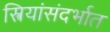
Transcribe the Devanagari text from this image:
स्त्रियांसंदर्भात